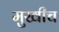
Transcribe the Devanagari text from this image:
मुखीच